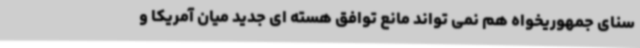
سنای جمهوریخواه هم نمی تواند مانع توافق هسته ای جدید میان آمریکا و